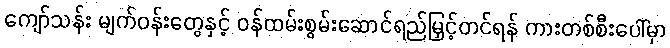
ကျော်သန်း မျက်ဝန်းတွေနှင့် ဝန်ထမ်းစွမ်းဆောင်ရည်မြှင့်တင်ရန် ကားတစ်စီးပေါ်မှာ